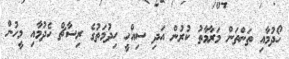
ހޯދުމާއި ތަންތަން މަރާމާތު ކުރުން އަދި ސިއްހީ ހިދުމަތުގެ ރިސާޗް ހެދުމާއި މީހުން